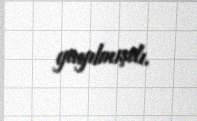
yayılmışdı.